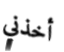
أخذني